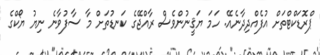
ޕްރޮޑަކްޓްތަށް އުފެއްދިދާނެއޭ. ހަމަ ޔަޤީނުންވެސް ރާއްޖޭގެ ކަނޑުތަށް މާ ސާފުވާނެ ނިޔު ޔޯކްގެ